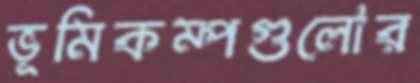
ভূমিকম্পগুলোর